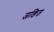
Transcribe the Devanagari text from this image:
जङित